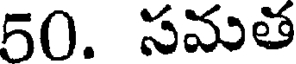
50. సమత